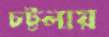
চট্টলায়